Civil Veterinary Department. Madras. Admin. report 1910-25 - 1910-1925
Year: 1910
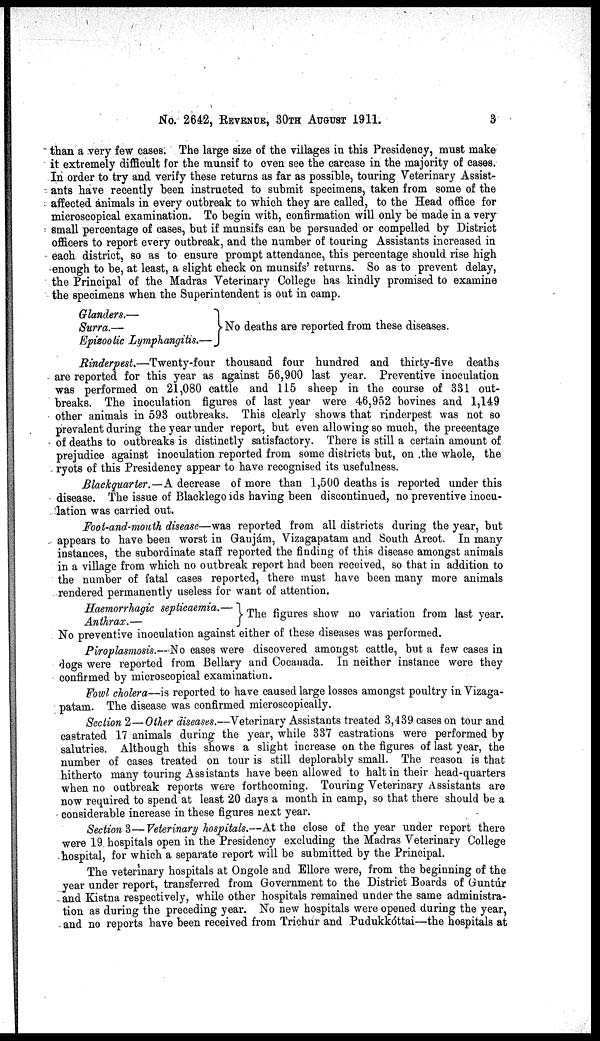
No. 2642, REVENUE, 30TH AUGUST 1911.
3
than a very few cases. The large size of the villages in this Presidency, must make
it extremely difficult for the munsif to even see the carcase in the majority of cases.
In order to try and verify these returns as far as possible, touring Veterinary Assist-
ants have recently been instructed to submit specimens, taken from some of the
affected animals in every outbreak to which they are called, to the Head office for
microscopical examination. To begin with, confirmation will only be made in a very
small percentage of cases, but if munsifs can be persuaded or compelled by District
officers to report every outbreak, and the number of touring Assistants increased in
each district, so as to ensure prompt attendance, this percentage should rise high
enough to be, at least, a slight check on munsifs' returns. So as to prevent delay,
the Principal of the Madras Veterinary College has kindly promised to examine
the specimens when the Superintendent is out in camp.
Glanders.—
Surra.—
Epizootic Lymphangitis.—
No deaths are reported from these diseases.
Rinderpest.—Twenty-four thousand four hundred and thirty-five deaths
are reported for this year as against 56,900 last year. Preventive inoculation
was performed on 21,080 cattle and 115 sheep in the course of 331 out-
breaks. The inoculation figures of last year were 46,952 bovines and 1,149
other animals in 593 outbreaks. This clearly shows that rinderpest was not so
prevalent during the year under report, but even allowing so much, the precentage
of deaths to outbreaks is distinctly satisfactory. There is still a certain amount of
prejudice against inoculation reported from some districts but, on the whole, the
ryots of this Presidency appear to have recognised its usefulness.
Blackquarter.—A decrease of more than 1,500 deaths is reported under this
disease. The issue of Blacklego ids having been discontinued, no preventive inocu-
lation was carried out.
Foot-and-mouth disease—was reported from all districts during the year, but
appears to have been worst in Ganjám, Vizagapatam and South Arcot. In many
instances, the subordinate staff reported the finding of this disease amongst animals
in a village from which no outbreak report had been received, so that in addition to
the number of fatal cases reported, there must have been many more animals
rendered permanently useless for want of attention.
Haemorrhagic septicaemia.— The figures show no variation from last year.
Anthrax.—
No preventive inoculation against either of these diseases was performed.
Piroplasmosis.—No cases were discovered amongst cattle, but a few cases in
dogs were reported from Bellary and Cocanada. In neither instance were they
confirmed by microscopical examination.
Fowl cholera—is reported to have caused large losses amongst poultry in Vizaga-
patam. The disease was confirmed microscopically.
Section 2—Other diseases.—Veterinary Assistants treated 3,439 cases on tour and
castrated 17 animals during the year, while 337 castrations were performed by
salutries. Although this shows a slight increase on the figures of last year, the
number of cases treated on tour is still deplorably small. The reason is that
hitherto many touring Assistants have been allowed to halt in their head-quarters
when no outbreak reports were forthcoming. Touring Veterinary Assistants are
now required to spend at least 20 days a month in camp, so that there should be a
considerable increase in these figures next year.
Section 3—Veterinary hospitals.—At the close of the year under report there
were 19 hospitals open in the Presidency excluding the Madras Veterinary College
hospital, for which a separate report will be submitted by the Principal.
The veterinary hospitals at Ongole and Ellore were, from the beginning of the
year under report, transferred from Government to the District Boards of Guntúr
and Kistna respectively, while other hospitals remained under the same administra-
tion as during the preceding year. No new hospitals were opened during the year,
and no reports have been received from Trichur and Pudukkóttai—the hospitals at